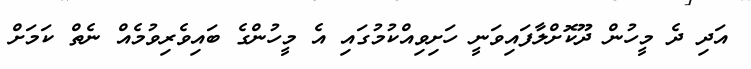
އަދި ދެ މީހުން ދޫކޮށްލާފައިވަނީ ހަށިވިއްކުމުގައި އެ މީހުންގެ ބައިވެރިވުމެއް ނެތް ކަމަށް